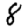
Digit: 8